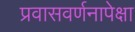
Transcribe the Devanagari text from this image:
प्रवासवर्णनापेक्षा